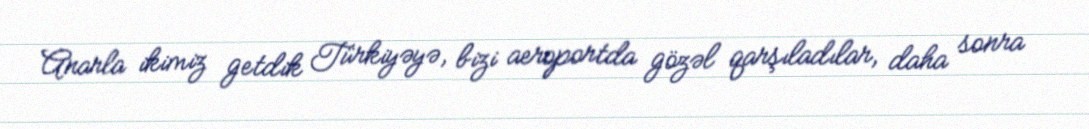
Anarla ikimiz getdik Türkiyəyə, bizi aeroportda gözəl qarşıladılar, daha sonra